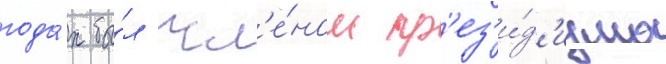
года́х бы́л чл'е́ном пр'ез'и́д'иума